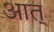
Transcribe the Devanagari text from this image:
आत्